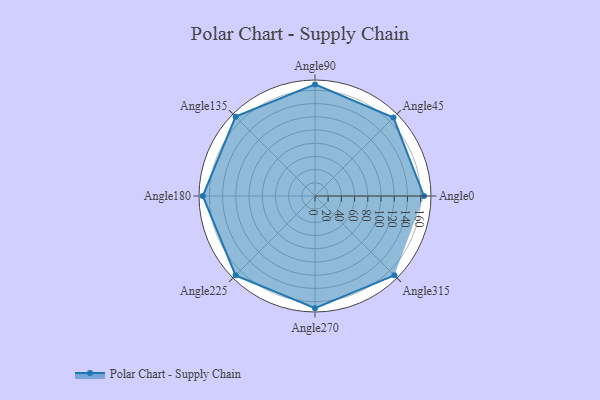
{"axis": {"x": "Angle", "y": "Radius"}, "legend": [""], "data": [{"x": "Angle0", "y": 165.0, "type": ""}, {"x": "Angle45", "y": 168.0, "type": ""}, {"x": "Angle90", "y": 169.0, "type": ""}, {"x": "Angle135", "y": 170, "type": ""}, {"x": "Angle180", "y": 170, "type": ""}, {"x": "Angle225", "y": 170, "type": ""}, {"x": "Angle270", "y": 170, "type": ""}, {"x": "Angle315", "y": 170, "type": ""}]}